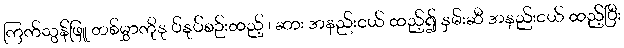
ကြက်သွန်ဖြူ တစ်မွှာကိုနု ပ်နုပ်စဉ်းထည့် ၊ ဆား အနည်းငယ် ထည့်၍ နှမ်းဆီ အနည်းငယ် ထည့်ပြီး